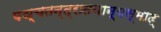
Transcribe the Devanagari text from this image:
पञ्चतन्त्रातथान्यस्माद्